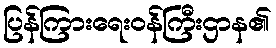
ပြန်ကြားရေးဝန်ကြီးဌာန၏